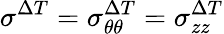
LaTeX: \sigma^{\Delta T}=\sigma_{\theta\theta}^{\Delta T}=\sigma_{zz}^{\Delta T}